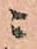
ニ